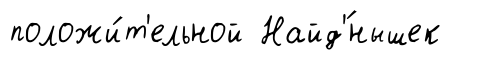
положи́т'ельной Найд'́нышек